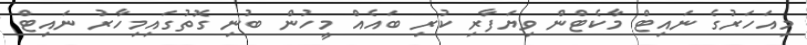
މިއަހަރުގެ ނައިޓް މާކެޓްން ވިޔަފާރި ކުރި ބައެއް މީހުން ބުނި ގޮތުގައިމިހާރު ނައިޓް